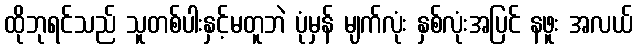
ထိုဘုရင်သည် သူတစ်ပါးနှင့်မတူဘဲ ပုံမှန် မျက်လုံး နှစ်လုံးအပြင် နဖူး အလယ်